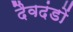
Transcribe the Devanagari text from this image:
दैवदंडों